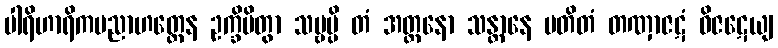
ပါရိဟာရိကပညာဟတ္ထေန ဥက္ခိပိတွာ သဗ္ဗမ္ပိ တံ အတ္တနော သန္တာနေ ပတိတံ တဏှာဇဋံ ဝိဇဋေယျ